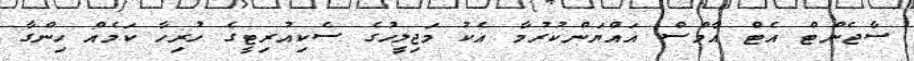
ސާޖެންޓް އެޓް އާމްސް އައްޔަންކުރުމާ އެކު މަޖިލީހުގެ ސެކިއުރިޓީގެ ހުރިހާ ކަމެއް ހިންގާ